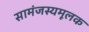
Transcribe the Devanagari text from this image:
सामंजस्यमूलक